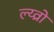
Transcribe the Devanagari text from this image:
ल्य्व्रो